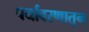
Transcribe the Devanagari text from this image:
पर्यावरणातून